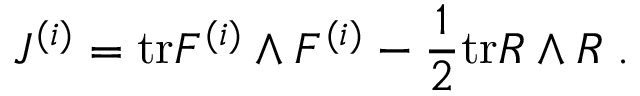
J ^ { ( i ) } = \mathrm { t r } F ^ { ( i ) } \wedge F ^ { ( i ) } - \frac { 1 } { 2 } \mathrm { t r } R \wedge R \; .